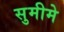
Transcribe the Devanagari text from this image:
सुमीमे